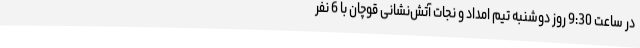
در ساعت 9:30 روز دوشنبه تیم امداد و نجات آتش‌نشانی قوچان با 6 نفر